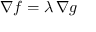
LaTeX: \nabla f = \lambda \, \nabla g